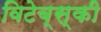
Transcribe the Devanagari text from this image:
विटेब्स्की